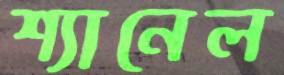
শ্যানেল